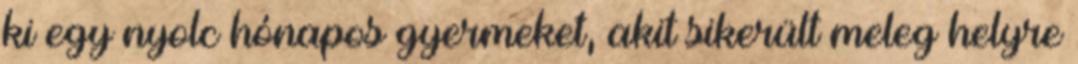
ki egy nyolc hónapos gyermeket, akit sikerült meleg helyre